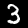
Label: 3